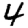
Digit: 4